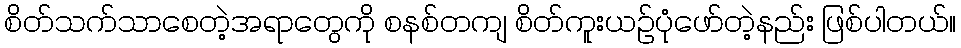
စိတ်သက်သာစေတဲ့အရာတွေကို စနစ်တကျ စိတ်ကူးယဉ်ပုံဖော်တဲ့နည်း ဖြစ်ပါတယ်။